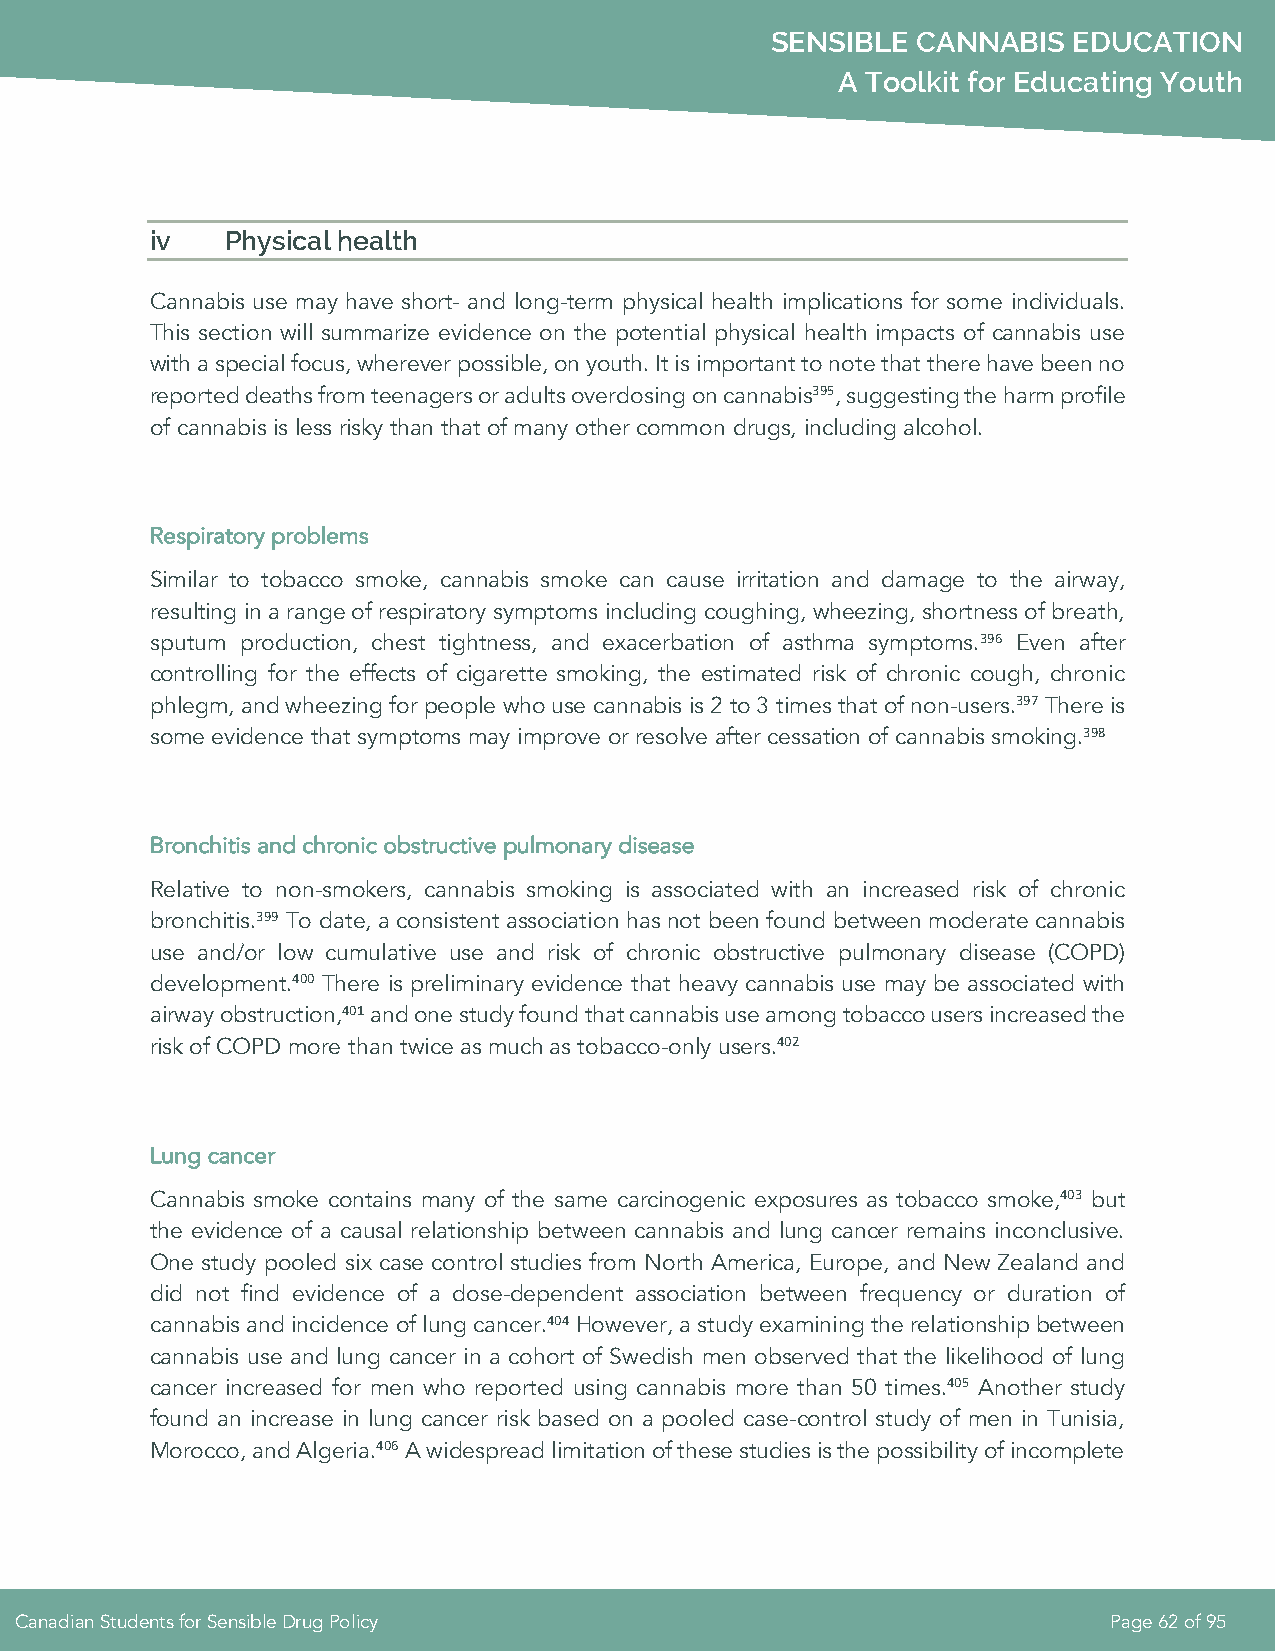
SENSIBLE  CANNABIS  EDUCATION
 A Toolkit for Educating Youth
 iv   Physical health
 Cannabis use may have short- and long-term physical health implications for some individuals.
 This section will summarize evidence on the potential physical health impacts of cannabis use
 with a special focus, wherever possible, on youth. It is important to note that there have been no
 reported deaths from teenagers or adults overdosing on cannabis395, suggesting the harm profile
 of cannabis is less risky than that of many other common drugs, including alcohol.
 Respiratory problems
 Similar to tobacco smoke, cannabis smoke can cause irritation and damage to the airway,
 resulting in a range of respiratory symptoms including coughing, wheezing, shortness of breath,
 sputum production, chest tightness, and exacerbation of asthma symptoms.396 Even after
 controlling for the effects of cigarette smoking, the estimated risk of chronic cough, chronic
 phlegm, and wheezing for people who use cannabis is 2 to 3 times that of non-users.397 There is
 some evidence that symptoms may improve or resolve after cessation of cannabis smoking.398
 Bronchitis and chronic obstructive pulmonary disease
 Relative to non-smokers, cannabis smoking is associated with an increased risk of chronic
 bronchitis.399 To date, a consistent association has not been found between moderate cannabis
 use and/or low cumulative use and risk of chronic obstructive pulmonary disease (COPD)
 development.400 There is preliminary evidence that heavy cannabis use may be associated with
 airway obstruction,401 and one study found that cannabis use among tobacco users increased the
 risk of COPD more than twice as much as tobacco-only users.402
 Lung cancer
 Cannabis smoke contains many of the same carcinogenic exposures as tobacco smoke,403 but
 the evidence of a causal relationship between cannabis and lung cancer remains inconclusive.
 One study pooled six case control studies from North America, Europe, and New Zealand and
 did not find evidence of a dose-dependent association between frequency or duration of
 cannabis and incidence of lung cancer.404 However, a study examining the relationship between
 cannabis use and lung cancer in a cohort of Swedish men observed that the likelihood of lung
 cancer increased for men who reported using cannabis more than 50 times.405 Another study
 found an increase in lung cancer risk based on a pooled case-control study of men in Tunisia,
 Morocco, and Algeria.406 A widespread limitation of these studies is the possibility of incomplete
 Canadian Students for Sensible Drug Policy                              Page 62 of 95